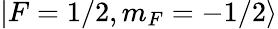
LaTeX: |F=1/2,m_{F}=-1/2\rangle